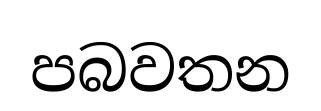
පබවතන